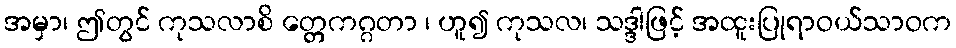
အမှာ၊ ဤတွင် ကုသလာစိ တ္တေကဂ္ဂတာ ၊ ဟူ၍ ကုသလ၊ သဒ္ဒါဖြင့် အထူးပြုရာဝယ်သာဝက